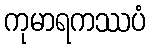
ကုမာရကဿပံ